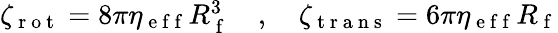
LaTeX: \begin{array}{r}{\zeta_{\mathrm{~r~o~t~}}=8\pi\eta_{\mathrm{~e~f~f~}}R_{\mathrm{~f~}}^{3}\quad,\quad\zeta_{\mathrm{~t~r~a~n~s~}}=6\pi\eta_{\mathrm{~e~f~f~}}R_{\mathrm{~f~}}}\end{array}